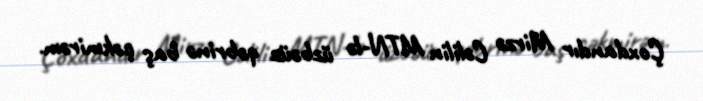
Çoxdandır Mirzə Cəlilin MTN-lə üzbəüz qəbrinə baş çəkmirəm.